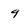
Character: 9